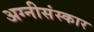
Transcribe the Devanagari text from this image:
अग्नीसंस्कार